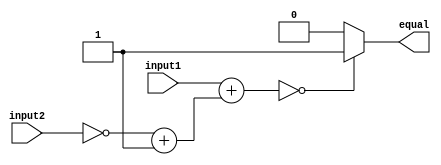
module equality_comparator (
    input wire [7:0] input1,
    input wire [7:0] input2,
    output reg equal
);

reg [8:0] result;

always @ (input1, input2)
begin
    result <= input1 + (~input2 + 1); // Subtraction operation
end

always @ (result)
begin
    if (result == 0)
        equal <= 1;
    else
        equal <= 0;
end

endmodule